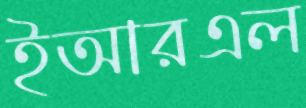
ইআরএল